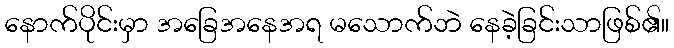
နောက်ပိုင်းမှာ အခြေအနေအရ မသောက်ဘဲ နေခဲ့ခြင်းသာဖြစ်၏။